Vaccination in Bombay 1869-1873 - 1869-1873
Year: 1869
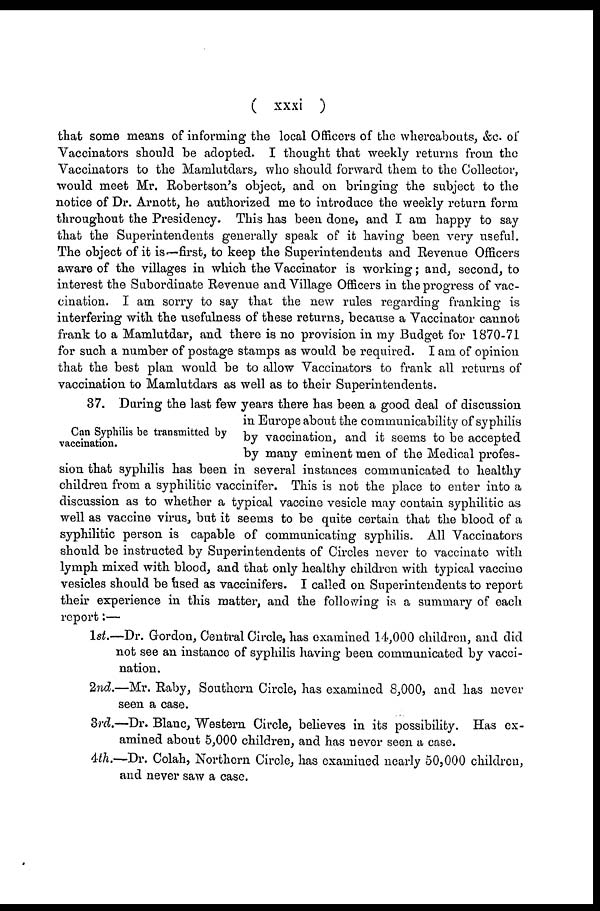
( xxxi )
that some means of informing the local Officers of the whereabouts, &c. of
Vaccinators should be adopted. I thought that weekly returns from the
"Vaccinators to the Mamlutdars, who should forward them to the Collector,
would meet Mr. Robertson's object, and on bringing the subject to the
notice of Dr. Arnott, he authorized me to introduce the weekly return form
throughout the Presidency. This has been done, and I am happy to say
that the Superintendents generally speak of it having been very useful.
The object of it is—first, to keep the Superintendents and Revenue Officers
aware of the villages in which the Vaccinator is working; and, second, to
interest the Subordinate Revenue and Village Officers in the progress of vac-
cination. I am sorry to say that the new rules regarding franking is
interfering with the usefulness of these returns, because a Vaccinator cannot
frank to a Mamlutdar, and there is no provision in my Budget for 1870-71
for such a number of postage stamps as would be required. I am of opinion
that the best plan would be to allow Vaccinators to frank all returns of
vaccination to Mamlutdars as well as to their Superintendents.
Can Syphilis be transmitted by
vaccination.
37. During the last few years there has been a good deal of discussion
in Europe about the communicability of syphilis
by vaccination, and it seems to be accepted
by many eminent men of the Medical profes-
sion that syphilis has been in several instances communicated to healthy
children from a syphilitic vaccinifer. This is not the place to enter into a
discussion as to whether a typical vaccine vesicle may contain syphilitic as
well as vaccine virus, but it seems to be quite certain that the blood of a
syphilitic person is capable of communicating syphilis. All Vaccinators
should be instructed by Superintendents of Circles never to vaccinate with
lymph mixed with blood, and that only healthy children with typical vaccine
vesicles should be used as vaccinifers. I called on Superintendents to report
their experience in this matter, and the following is a summary of each
report:—
1st.—Dr. Gordon, Central Circle, has examined 14,000 children, and did
not see an instance of syphilis having been communicated by vacci-
nation.
2nd.—Mr. Raby, Southern Circle, has examined 8,000, and has never
seen a case.
3rd.—Dr. Blanc, Western Circle, believes in its possibility. Has ex-
amined about 5,000 children, and has never seen a case.
4th.—Dr. Colah, Northern Circle, has examined nearly 50,000 children,
and never saw a case.